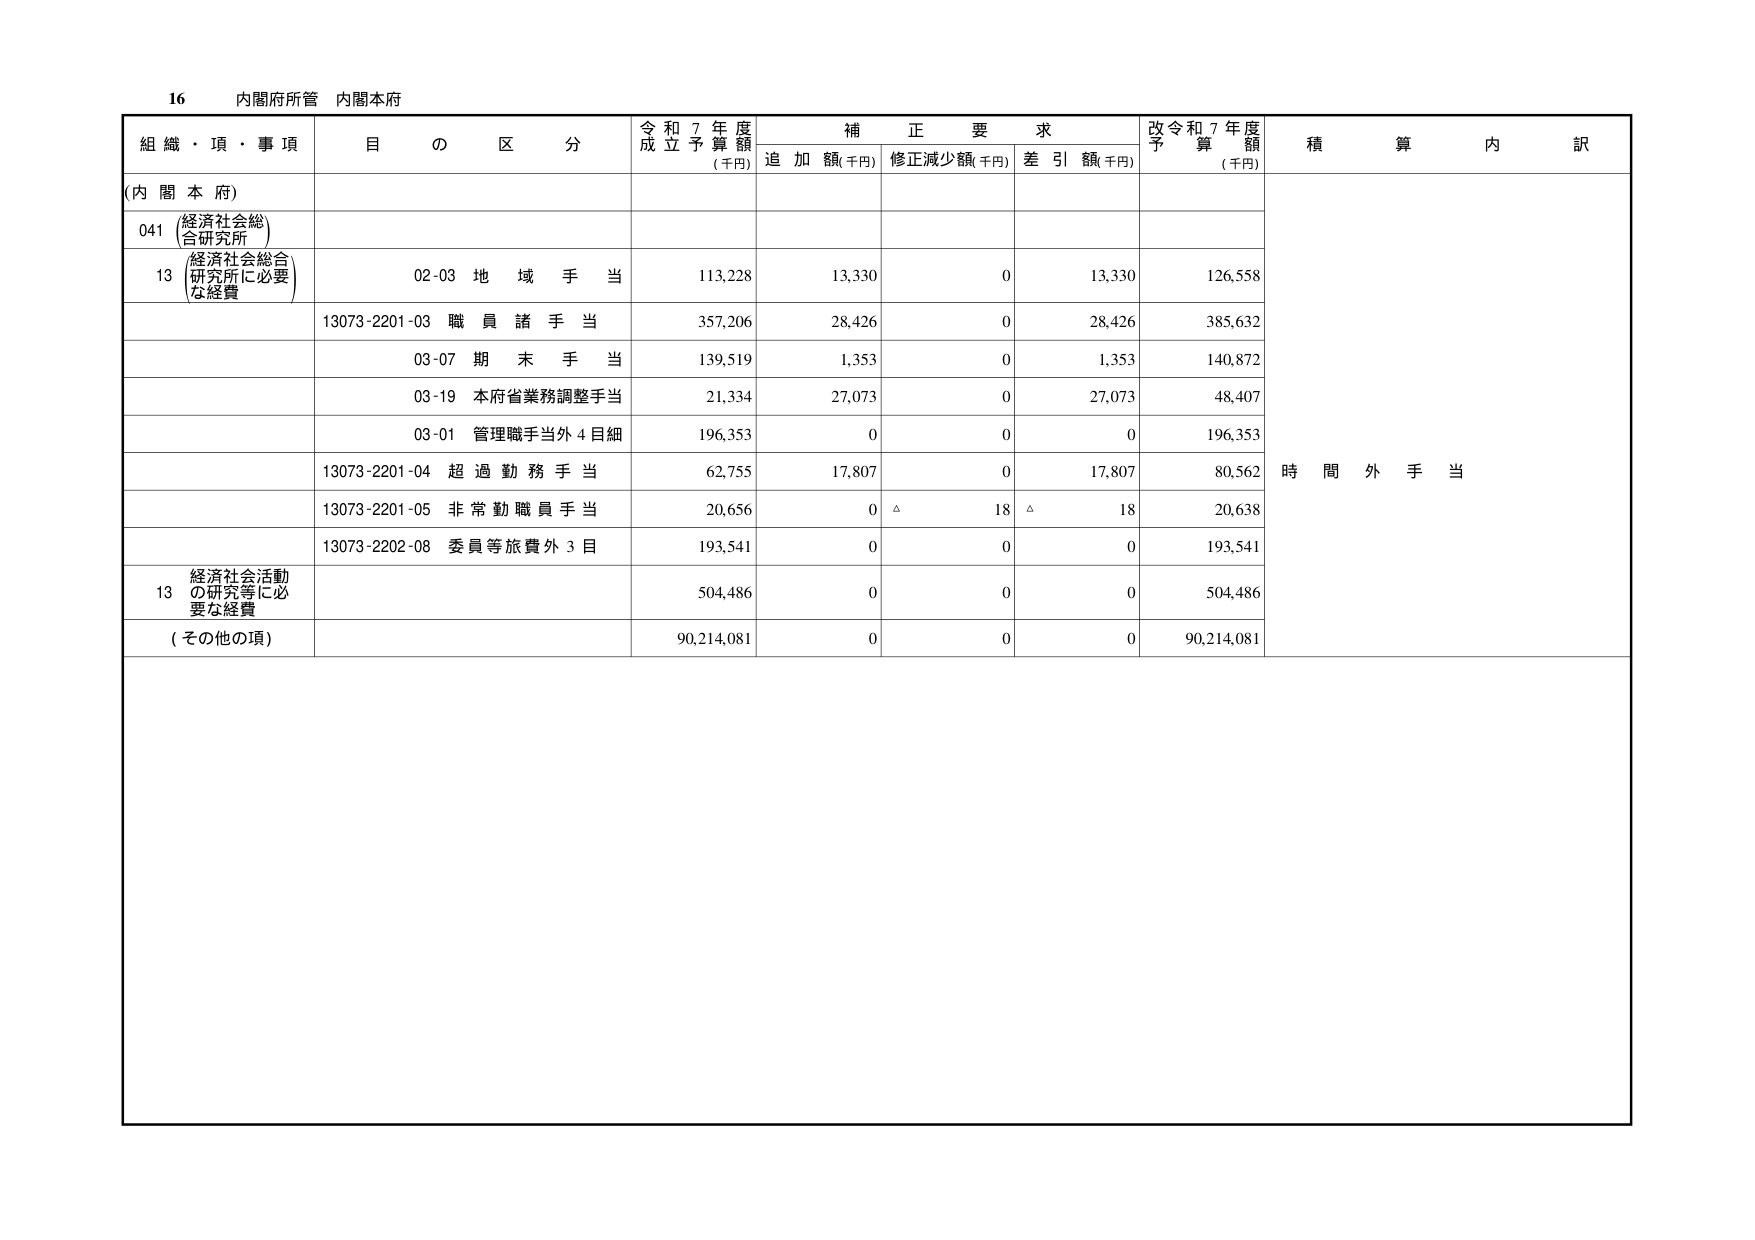
16 内閣府所管 内閣本府

組織・項・事項 目の区分 令和7年度成立予算額(千円) 補正要求 追加額(千円) 修正減少額(千円) 差引額(千円) 改令和7年度予算額(千円) 積算内訳

(内閣本府)

041 (経済社会総合研究所)

13 (経済社会総合研究所に必要な経費) 02-03 地域手当 113,228 13,330 0 13,330 126,558

13073-2201-03 職員諸手当 357,206 28,426 0 28,426 385,632

03-07 期末手当 139,519 1,353 0 1,353 140,872

03-19 本府省業務調整手当 21,334 27,073 0 27,073 48,407

03-01 管理職手当外4目細 196,353 0 0 0 196,353

13073-2201-04 超過勤務手当 62,755 17,807 0 17,807 80,562

13073-2201-05 非常勤職員手当 20,656 0 △ 18 △ 18 20,638

13073-2202-08 委員等旅費外3目 193,541 0 0 0 193,541

13 経済社会活動の研究等に必要な経費 504,486 0 0 0 504,486

(その他の項) 90,214,081 0 0 0 90,214,081

時間外手当